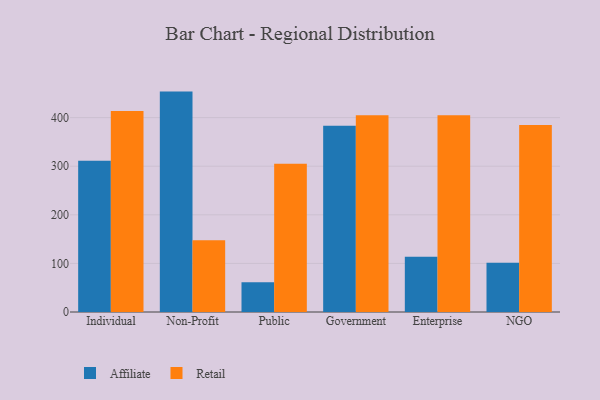
{"axis": {"x": "Segment", "y": "Active Users"}, "legend": ["Affiliate", "Retail"], "data": [{"x": "Individual", "y": 311.3, "type": "Affiliate"}, {"x": "Individual", "y": 413.4, "type": "Retail"}, {"x": "Non-Profit", "y": 453.5, "type": "Affiliate"}, {"x": "Non-Profit", "y": 147.5, "type": "Retail"}, {"x": "Public", "y": 61.1, "type": "Affiliate"}, {"x": "Public", "y": 305.1, "type": "Retail"}, {"x": "Government", "y": 383.4, "type": "Affiliate"}, {"x": "Government", "y": 404.8, "type": "Retail"}, {"x": "Enterprise", "y": 113.5, "type": "Affiliate"}, {"x": "Enterprise", "y": 404.6, "type": "Retail"}, {"x": "NGO", "y": 101.4, "type": "Affiliate"}, {"x": "NGO", "y": 384.6, "type": "Retail"}]}